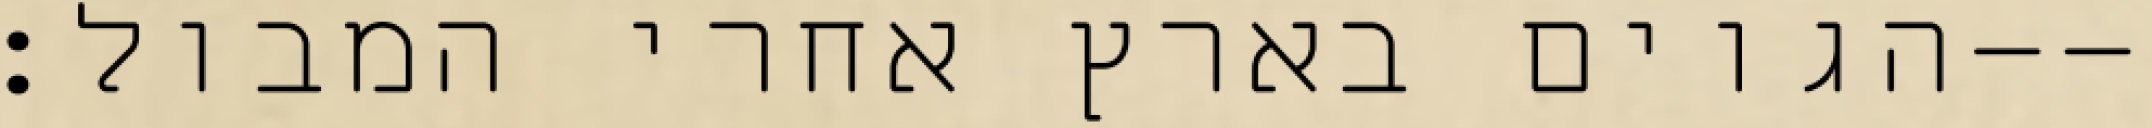
הגוים בארץ אחרי המבול׃--